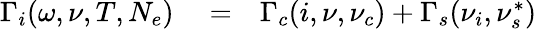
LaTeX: \begin{array}{rlr}{\Gamma_{i}(\omega,\nu,T,N_{e})}&{{}=}&{\Gamma_{c}(i,\nu,\nu_{c})+\Gamma_{s}(\nu_{i},\nu_{s}^{*})}\end{array}